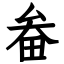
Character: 畚